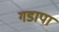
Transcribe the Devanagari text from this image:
गडापा